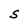
Character: S